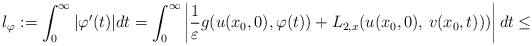
LaTeX: \begin{align*}l_{\varphi}:=\int_{0}^{\infty}|\varphi'(t)|dt=\int_{0}^{\infty}\left|\frac{1}{\varepsilon}g(u(x_{0},0),\varphi(t))+L_{2,x}(u(x_{0},0),\,v(x_{0},t)))\right|dt\leq\end{align*}